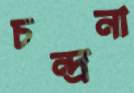
চন্দ্রনা